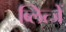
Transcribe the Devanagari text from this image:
ब्लित्जें